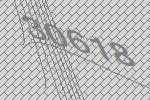
30618